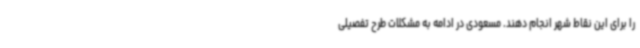
را برای این نقاط شهر انجام دهند. مسعودی در ادامه به مشکلات طرح تفصیلی